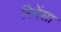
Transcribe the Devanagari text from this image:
रिनेंसा